Report on horse surra - Volume I
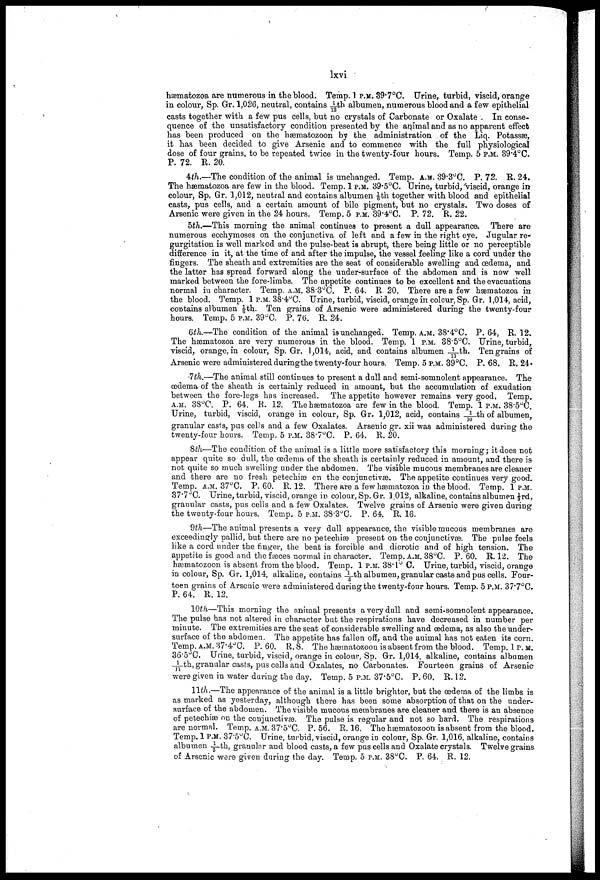
lxvi
hæmatozoa are numerous in the blood. Temp. 1 P.M. 39.7°C Urine, turbid, viscid, orange
in colour, Sp. Gr. 1,026, neutral, contains 1/12th albumen, numerous blood and a few epithelial
casts together with a few pus cells, but no crystals of Carbonate or Oxalate . In conse
quence of the unsatisfactory condition presented by the animal and as no apparent effect
has been produced on the hæmatozoon by the administration of the Liq. Potassæ,
it has been decided to give Arsenic and to commence with the full physiological
dose of four grains, to be repeated twice in the twenty-four hours. Temp. 5 P.M. 39.4°C.
P. 72. R. 20.
4th.—The condition of the animal is unchanged. Temp. A.M. 39.3°C. P. 72. R. 24.
The hæmatozoa are few in the blood. Temp. 1 P.M. 39.5°C. Urine, turbid/viscid, orange in
colour, Sp. Gr. 1,012, neutral and contains albumen 1/6th together with blood and epithelial
casts, pus cells, and a certain amount of bile pigment, but no crystals. Two doses of
Arsenic were given in the 24 hours. Temp. 5 P.M. 39.4°C. P. 72. R. 22.
5th,—This morning the animal continues to present a dull appearance. There are
numerous ecchymoses on the conjunctiva of left and a few in the right eye. Jugular re
gurgitation is well marked and the pulse-beat is abrupt, there being little or no perceptible
difference in it, at the time of and after the impulse, the vessel feeling like a cord under the
fingers. The sheath and extremities are the seat of considerable swelling and œdema, and
the latter has spread forward along the under-surface of the abdomen and is now well
marked between the fore-limbs. The appetite continues to be excellent and the evacuations
normal in character. Temp. A.M. 38.3°C. P. 64. R. 20. There are a few hæmatozoa in
the blood. Temp. 1 P.M. 38.4°C. Urine, turbid, viscid, orange in colour, Sp. Gr. 1,014, acid,
contains albumen 1/6th. Ten grains of Arsenic were administered during the twenty-four
hours. Temp. 5 P.M. 39°C. P. 76. R. 24.
6th.—The condition of the animal is unchanged. Temp. A.M. 38.4°C. P. 64, R. 12,
The hæmatozoa are very numerous in the blood. Temp. 1 P.M. 38 . 5°C. Urine, turbid,
viscid, orange, in colour, Sp. Gr. 1,014, acid, and contains albumen 1/11th. Ten grains of
Arsenic were administered during the twenty-four hours. Temp. 5 P.M. 39°C. P. 68. R. 24.
7th.—The animal still continues to present a dull and semi-somnolent appearance. The
œdema of the sheath is certainly reduced in amount, but the accumulation of exudation
between the fore-legs has increased. The appetite however remains very good. Temp,
A.M. 38°C. P. 64. R. 12. The hæmatozoa are few in the blood. Temp. 1 P.M. 38.5°C.
Urine, turbid, viscid, orange in colour, Sp. Gr. 1,012, acid, contains 1/10th of albumen,
granular casts, pas cells and a few Oxalates. Arsenic gr. xii was administered during the
twenty-four hours. Temp. 5 P.M. 38.7°C. P. 64. R. 20.
8th—The condition of the animal is a little more satisfactory this morning ; it does not
appear quite so dull, the œdema of the sheath is certainly reduced in amount, and there is
not quite so much swelling under the abdomen. The visible mucous membranes are cleaner
and there are no fresh petechias on the conjunctivas. The appetite continues very good.
Temp. A.M. 37°C. P. 60. R. 12. There are a few hæmatozoa in the blood. Temp. 1 P.M.
37.7°C.
Urine, turbid, viscid, orange in colour, Sp. Gr. 1,012, alkaline, contains albumen ⅓rd,
granular casts, pus cells and a few Oxalates. Twelve grains of Arsenic were given during
the twenty-four hours. Temp. 5 P.M. 38.3°C. P. 64. R. 16.
9th—The animal presents a very dull appearance, the visible mucous membranes are
exceedingly pallid, but there are no petechiæ present on the conjunctivas. The pulse feels
like a cord under the finger, the beat is forcible and dicrotic and of high tension. The
appetite is good and the faeces normal in character. Temp. A.M. 38°C. P. 60. R. 12. The
hæmatozoon is absent from the blood. Temp, 1 P.M. 38.1°C. Urine, turbid, viscid, orange
in colour, Sp. Gr. 1,014, alkaline, contains 1/5th albumen, granular casts and pus cells. Four
teen grains of Arsenic were administered during the twenty-four hours. Temp. 5 P.M. 37.7°C.
P. 64. R. 12.
10th—This morning the animal presents a very dull and semi-somnolent appearance.
The pulse has not altered in character but the respirations have decreased in number per
minute. The extremities are the seat of considerable swelling and œdema, as also the under-
surface of the abdomen. The appetite has fallen off, and the animal has not eaten its corn.
Temp. A.M. 37.4°C. P. 60. R. 8. The hæmatozoon is absent from the blood. Temp. 1 P.M.
36.5°C. Urine, turbid, viscid, orange in colour, Sp. Gr. 1,014, alkaline, contains albumen
_1/11th, granular casts, pus cells and Oxalates, no Carbonates. Fourteen grains of Arsenic
were given in water during the day. Temp. 5 P.M. 37.5°C. P. 60. R. 12.
11th.—The appearance of the animal is a little brighter, but the œdema of the limbs is
as marked as yesterday, although there has been some absorption of that on the under-
surface of the abdomen. The visible mucous membranes are cleaner and there is an absence
of petechias on the conjunctivas. The pulse is regular and not so hard. The respirations
are normal. Temp. A.M. 37.5°C. P. 56. R. 16. The hæmatozoon is absent from the blood.
Temp. 1 P.M. 37.5°C. Urine, turbid, viscid, orange in colour, Sp. Gr. 1,016, alkaline, contains
albumen 1/5th, granular and blood casts, a few pus cells and Oxalate crystals. Twelve grains
of Arsenic were given during the day. Temp. 5 P.M. 38°C. P. 64. R. 12.